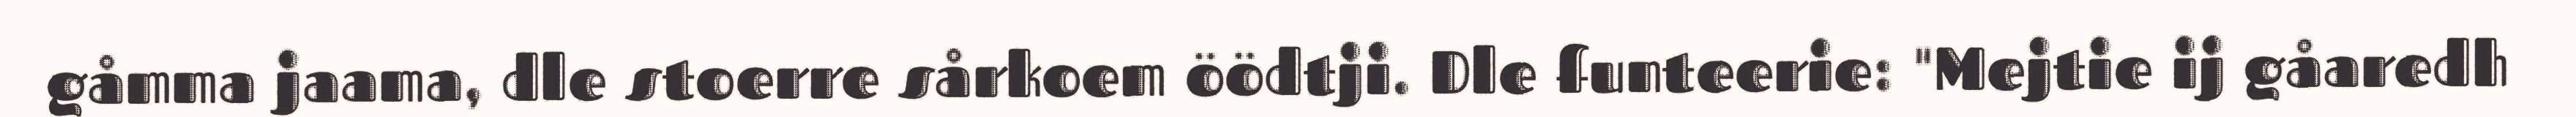
gåmma jaama, dle stoerre sårkoem öödtji. Dle funteerie: "Mejtie ij gåaredh